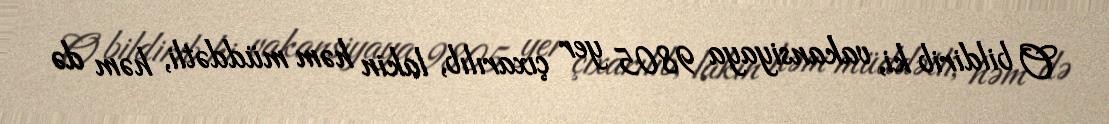
O bildirib ki, vakansiyaya 9805 yer çıxarılıb, lakin həm müddətli, həm də